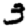
Digit: 3